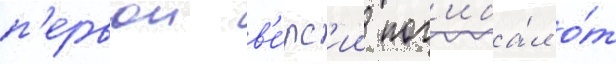
п'ервои в'е́рс'ии пог'иба́л о́т